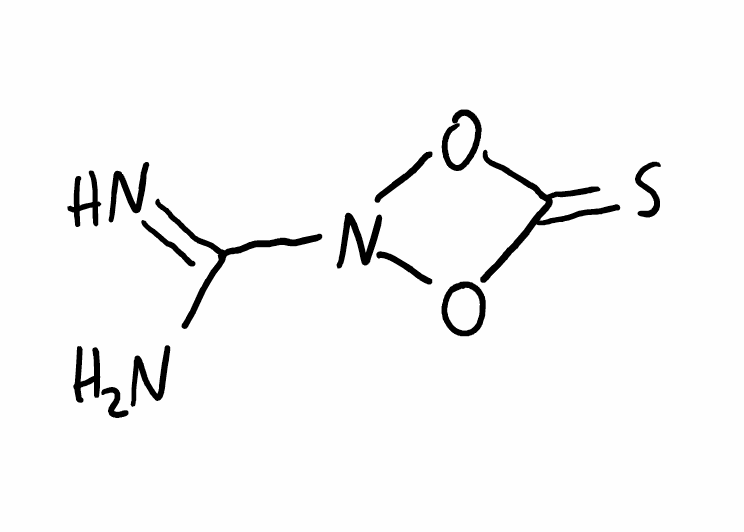
Simplified molecular-input line-entry system (SMILES) notation of the given molecule:
C1(=S)ON(O1)C(=N)N